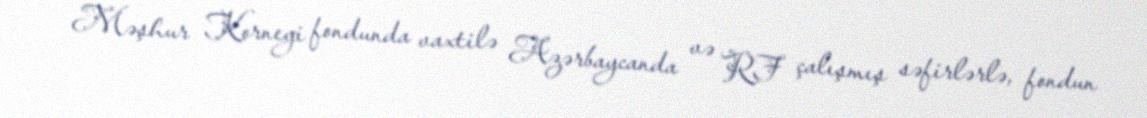
Məşhur Kornegi fondunda vaxtilə Azərbaycanda və RF çalışmış səfirlərlə, fondun